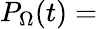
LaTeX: P_{\Omega}(t)=